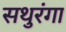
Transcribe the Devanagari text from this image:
सथुरंगा